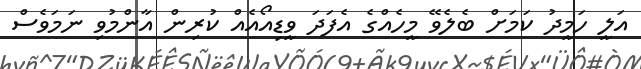
އަލީ ހަމީދު ކަމަށް ބެލެވޭ މީހެއްގެ އެފަދަ ވީޑިއޯއެއް ކުރިން އާންމުވި ނަމަވެސް